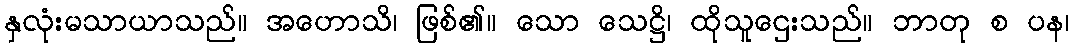
နှလုံးမသာယာသည်။ အဟောသိ၊ ဖြစ်၏။ သော သေဋ္ဌိ၊ ထိုသူဌေးသည်။ ဘာတု စ ပန၊